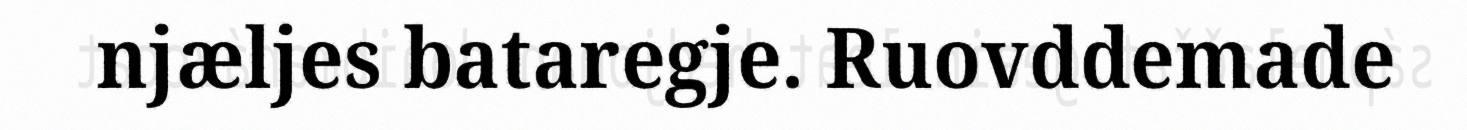
njæljes bataregje. Ruovddemade